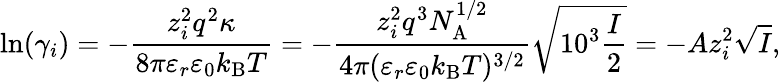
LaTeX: \ln(\gamma_{i})=-{\frac{z_{i}^{2}q^{2}\kappa}{8\pi\varepsilon_{r}\varepsilon_{0}k_{\mathrm{B}}T}}=-{\frac{z_{i}^{2}q^{3}N_{\mathrm{A}}^{1/2}}{4\pi(\varepsilon_{r}\varepsilon_{0}k_{\mathrm{B}}T)^{3/2}}}{\sqrt{10^{3}{\frac{I}{2}}}}=-Az_{i}^{2}{\sqrt{I}},